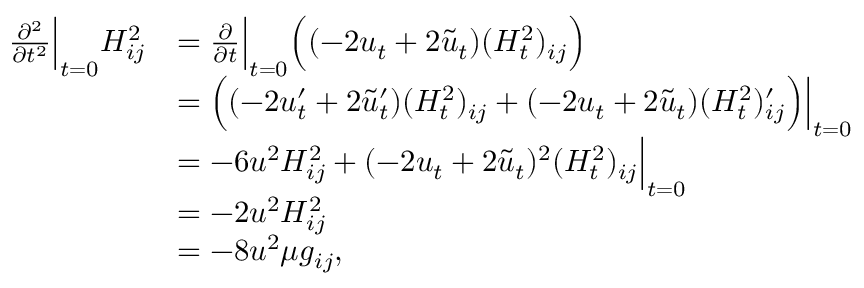
\begin{array} { r l } { \frac { \partial ^ { 2 } } { \partial t ^ { 2 } } \Big | _ { t = 0 } H _ { i j } ^ { 2 } } & { = \frac { \partial } { \partial t } \Big | _ { t = 0 } \Big ( ( - 2 u _ { t } + 2 \Tilde { u } _ { t } ) ( H _ { t } ^ { 2 } ) _ { i j } \Big ) } \\ & { = \Big ( ( - 2 u _ { t } ^ { \prime } + 2 \Tilde { u } _ { t } ^ { \prime } ) ( H _ { t } ^ { 2 } ) _ { i j } + ( - 2 u _ { t } + 2 \Tilde { u } _ { t } ) ( H _ { t } ^ { 2 } ) _ { i j } ^ { \prime } \Big ) \Big | _ { t = 0 } } \\ & { = - 6 u ^ { 2 } H _ { i j } ^ { 2 } + ( - 2 u _ { t } + 2 \Tilde { u } _ { t } ) ^ { 2 } ( H _ { t } ^ { 2 } ) _ { i j } \Big | _ { t = 0 } } \\ & { = - 2 u ^ { 2 } H _ { i j } ^ { 2 } } \\ & { = - 8 u ^ { 2 } \mu g _ { i j } , } \end{array}